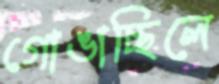
গোঙাচ্ছিলে